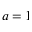
a = 1